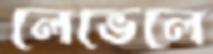
লেভেলে